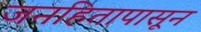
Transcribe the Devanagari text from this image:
जनहितापासून